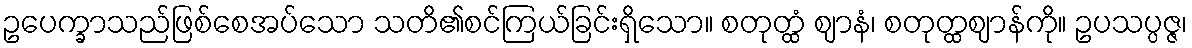
ဥပေက္ခာသည်ဖြစ်စေအပ်သော သတိ၏စင်ကြယ်ခြင်းရှိသော။ စတုတ္ထံ ဈာနံ၊ စတုတ္ထဈာန်ကို။ ဥပသပ္ပဇ္ဇ၊